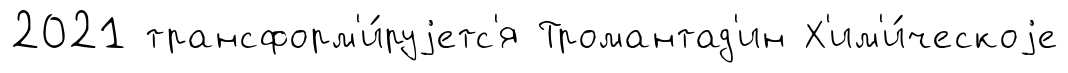
2021 трансформ'и́руjетс'я Тромантад'ин Х'им'и́ческоjе